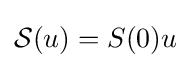
{\mathcal {S}}(u)=S(0)u